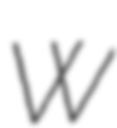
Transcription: W